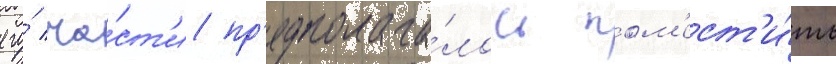
его́ ча́ст'и пр'едполага́лось пом'ест'и́ть